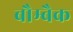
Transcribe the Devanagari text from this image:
बौम्बैक